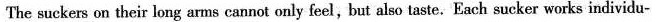
The suckers on their long arms cannot only feel,but also taste. Each sucker works individu-